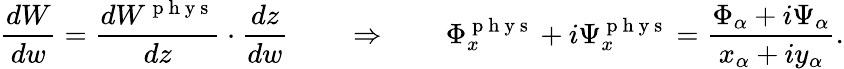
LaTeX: \frac{dW}{dw}=\frac{dW^{\mathrm{~p~h~y~s~}}}{dz}\cdot\frac{dz}{dw}\qquad\Rightarrow\qquad\Phi_{x}^{\mathrm{~p~h~y~s~}}+i\Psi_{x}^{\mathrm{~p~h~y~s~}}=\frac{\Phi_{\alpha}+i\Psi_{\alpha}}{x_{\alpha}+iy_{\alpha}}.